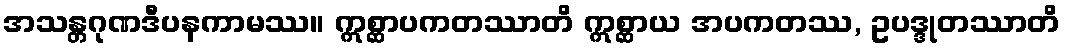
အသန္တဂုဏဒီပနကာမဿ။ ဣစ္ဆာပကတဿာတိ ဣစ္ဆာယ အပကတဿ, ဥပဒ္ဒုတဿာတိ